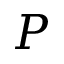
P